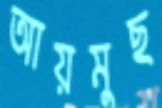
আয়মুছ